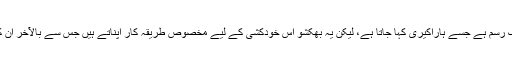
ویسے تو جاپان میں خودکشی بھی ایک رسم ہے جسے ہاراکیری کہا جاتا ہے، لیکن یہ بھکشو اس خودکشی کے لیے مخصوص طریقہ کار اپناتے ہیں جس سے بالآخر ان کا جسم ایک ممی میں تبدیل ہوجاتا ہے۔